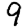
Digit: 9